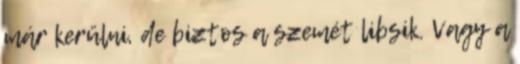
már kerülni, de biztos a szemét libsik. Vagy a